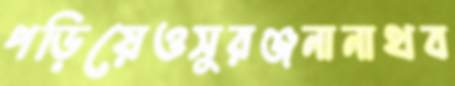
পড়িয়েওসুরঞ্জনানাথব